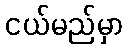
ငယ်မည်မှာ